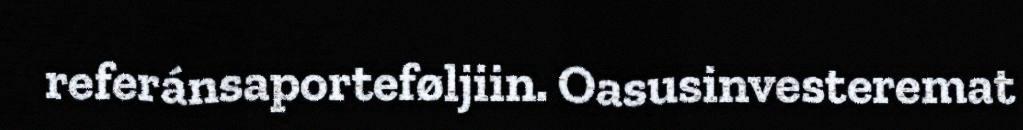
referánsaporteføljiin. Oasusinvesteremat